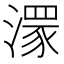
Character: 𣽁